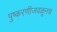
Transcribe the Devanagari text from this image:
पुष्करणीजवळूनच